Civil Veterinary Department. Madras. Admin. report 1926-33 - 1926-1933
Year: 1926
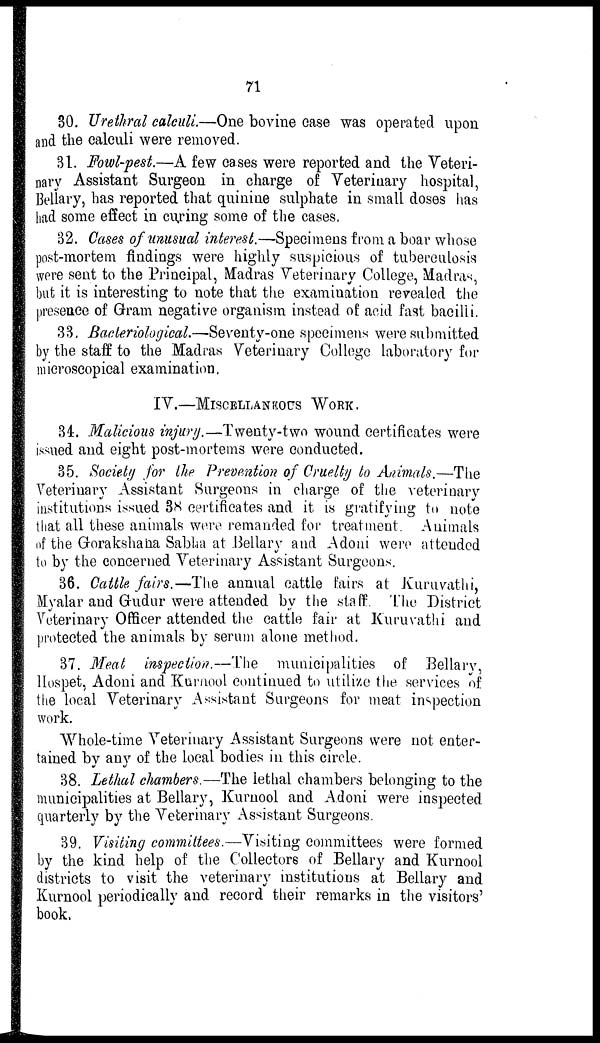
71
30. Urethral calculi.—One bovine case was operated upon
and the calculi were removed.
31. Fowl-pest.—A few cases were reported and the Veteri-
nary Assistant Surgeon in charge of Veterinary hospital,
Bellary, has reported that quinine sulphate in small doses has
had some effect in curing some of the cases.
32. Cases of unusual interest.—Specimens from a boar whose
post-mortem findings were highly suspicious of tuberculosis
were sent to the Principal, Madras Veterinary College, Madras,
but it is interesting to note that the examination revealed the
presence of Gram negative organism instead of acid fast bacilli.
33. Bacteriological.—Seventy-one specimens were submitted
by the staff to the Madras Veterinary College laboratory for
microscopical examination.
IV.—MISCELLANEOUS WORK.
34. Malicious injury.—Twenty-two wound certificates were
issued and eight post-mortems were conducted.
35. Society for the Prevention of Cruelty to Animals.—The
Veterinary Assistant Surgeons in charge of the veterinary
institutions issued 38 certificates and it is gratifying to note
that all these animals were remanded for treatment. Animals
of the Grorakshaha Sabha at Bellary and Adoni were attended
to by the concerned Veterinary Assistant Surgeons.
36. Cattle fairs.—The annual cattle fairs at Kuruvathi,
Myalar and Gudur were attended by the staff. The District
Veterinary Officer attended the cattle fair at Kuruvathi and
protected the animals by serum alone method.
37. Meat inspection.—The municipalities of Bellary,
Hospet, Adoni and Kurnool continued to utilize the services of
the local Veterinary Assistant Surgeons for meat inspection
work.
Whole-time Veterinary Assistant Surgeons were not enter-
tained by any of the local bodies in this circle.
38. Lethal chambers.—The lethal chambers belonging to the
municipalities at Bellary, Kurnool and Adoni were inspected
quarterly by the Veterinary Assistant Surgeons.
39. Visiting committees.—Visiting committees were formed
by the kind help of the Collectors of Bellary and Kurnool
districts to visit the veterinary institutions at Bellary and
Kurnool periodically and record their remarks in the visitors'
book.